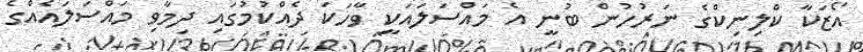
އޯޒަކާ ކްލިނިކްގެ ނަރުހުން ބުނީ އެ މައްސަލައަކީ ވާހަކަ ދެއްކުމުގައި ދިމާވި މައްސަލައެއްގެ